Anatomy and histology of ticks - Number 23
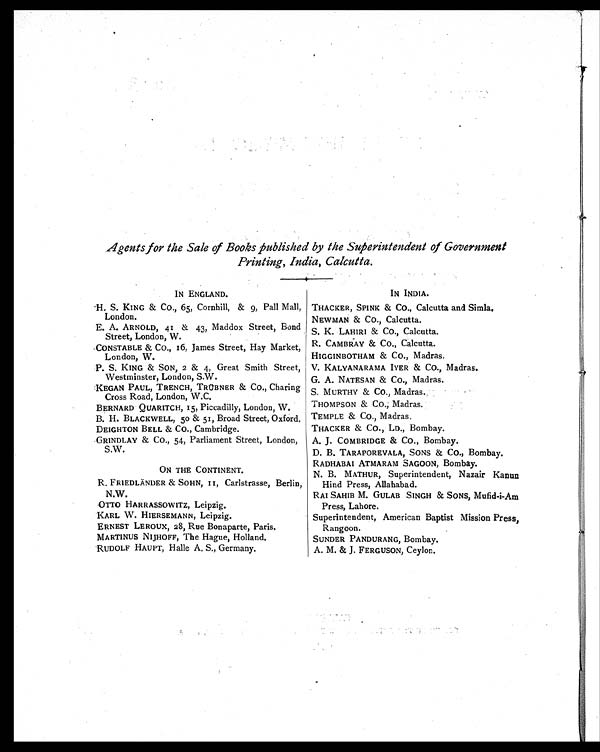
Agents for the Sale of Books published by the Superintendent of Government
Printing, India, Calcutta.
IN ENGLAND.
IN INDIA.
H. S. KING & CO., 65, Cornhill, & 9, Pall Mall,
London.
THACKER, SPINK & CO., Calcutta and Simla.
NEWMAN & CO., Calcutta.
E. A. ARNOLD, 41 & 43, Maddox Street, Bond
Street, London, W
.
S. K. LAHIRI & CO.,
Calcutta.
R. CAMBRAY & CO., Calcutta.
CONSTABLE & CO., 16, James Street, Hay Market,
London, W.
HIGGINBOTHAM & CO., Madras.
P. S. KING & SON, 2 & 4, Great Smith Street,
Westminster, London, S.W.
V. KALYANARAMA IYER & CO., Madras.
G. A. NATESAN & CO., Madras.
KEGAN PAUL, TRENCH, TRÜBNER & CO., Charing
Cross Road, London, W.C.
S. MURTHY & CO., Madras.
BERNARD QUARITCH, 15, Piccadilly, London, W.
THOMPSON & CO., Madras.
B. H. BLACKWELL, 50 & 51, Broad Street, Oxford. TEMPLE & CO., Madras.
DEIGHTON BELL & CO., Cambridge.
THACKER & CO., LD., Bombay.
GRINDLAY & CO., 54, Parliament Street, London,
S.W.
A. J. COMBRIDGE & CO., Bombay.
D. B. TARAPOREVALA, SONS & CO., Bombay.
RADHABAI ATMARAM SAGOON, Bombay.
ON THE CONTINENT.
N. B. MATHUR, Superintendent, Nazair Kanun
Hind Press, Allahabad.
R. FRIEDLÄNDER & SOHN, 11, Carlstrasse, Berlin,
N.W.
RAI SAHIB M. GULAB SINGH & SONS, Mufid-i-Am
Press, Lahore.
OTTO HARRASSOWITZ, Leipzig.
KARL W. HIERSEMANN, Leipzig.
Superintendent, American Baptist Mission Press,
Rangoon.
ERNEST LEROUX, 28, Rue Bonaparte, Paris.
MARTINUS NIJHOFF, The Hague, Holland.
SUNDER PANDURANG, Bombay.
RUDOLF HAUPT, Halle A. S., Germany.
A. M. & J. FERGUSON, Ceylon.